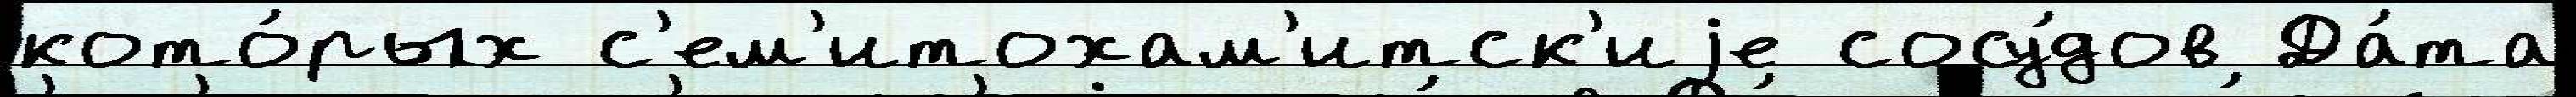
кото́рых с'ем'итохам'итск'иjе сосу́дов Да́та